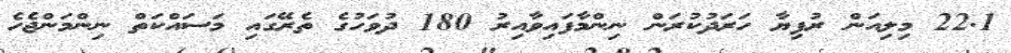
22.1 މިލިއަން ރުފިޔާ ހަރަދުކުރަން ނިންމާފައިވާއިރު 180 ދުވަހުގެ ތެރޭގައި މަސައްކަތް ނިންމަންޖެހެ